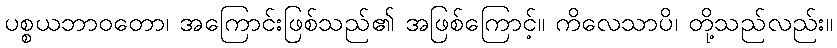
ပစ္စယဘာဝတော၊ အကြောင်းဖြစ်သည်၏ အဖြစ်ကြောင့်။ ကိလေသာပိ၊ တို့သည်လည်း။